Calcutta medical institutions reports 1871-78
Year: 1871
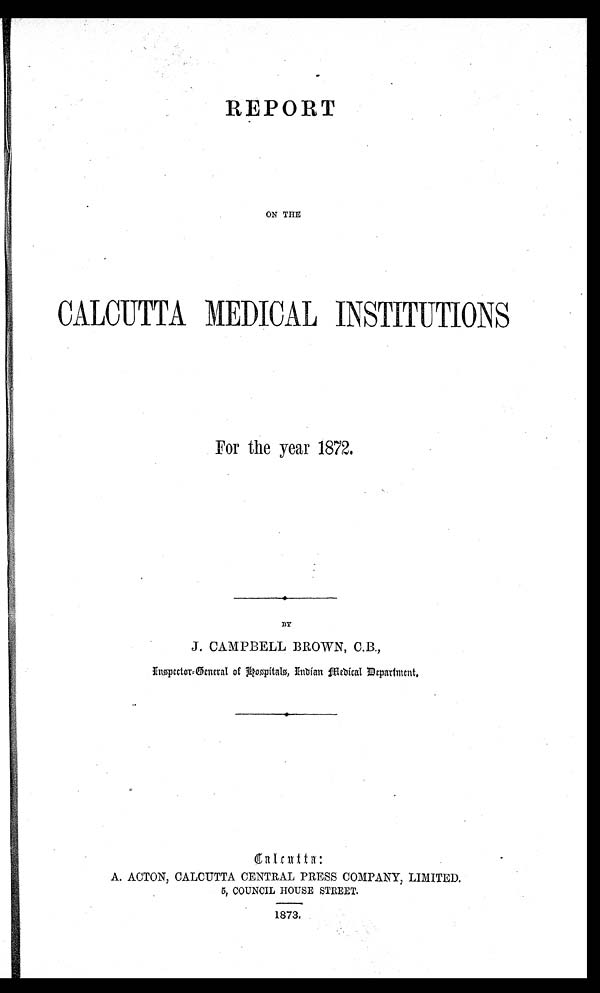
REPORT
ON THE
CALCUTTA MEDICAL INSTITUTIONS
For the year 1872.
BY
J. CAMPBELL BROWN, C.B.,
Inspector-General of Hospitals, Indian Medical Department.
Cacutta:
A. ACTON, CALCUTTA CENTRAL PRESS COMPANY, LIMITED.
5, COUNCIL HOUSE STREET.
1873.